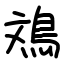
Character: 鳼